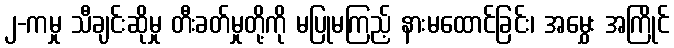
၂-ကမှု သီချင်းဆိုမှု တီးခတ်မှုတို့ကို မပြုမကြည့် နားမထောင်ခြင်း၊ အမွှေး အကြိုင်